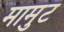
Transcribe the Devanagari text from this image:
मामुट